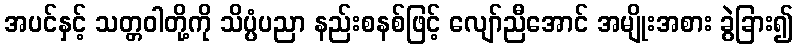
အပင်နှင့် သတ္တဝါတို့ကို သိပ္ပံပညာ နည်းစနစ်ဖြင့် လျော်ညီအောင် အမျိုးအစား ခွဲခြား၍